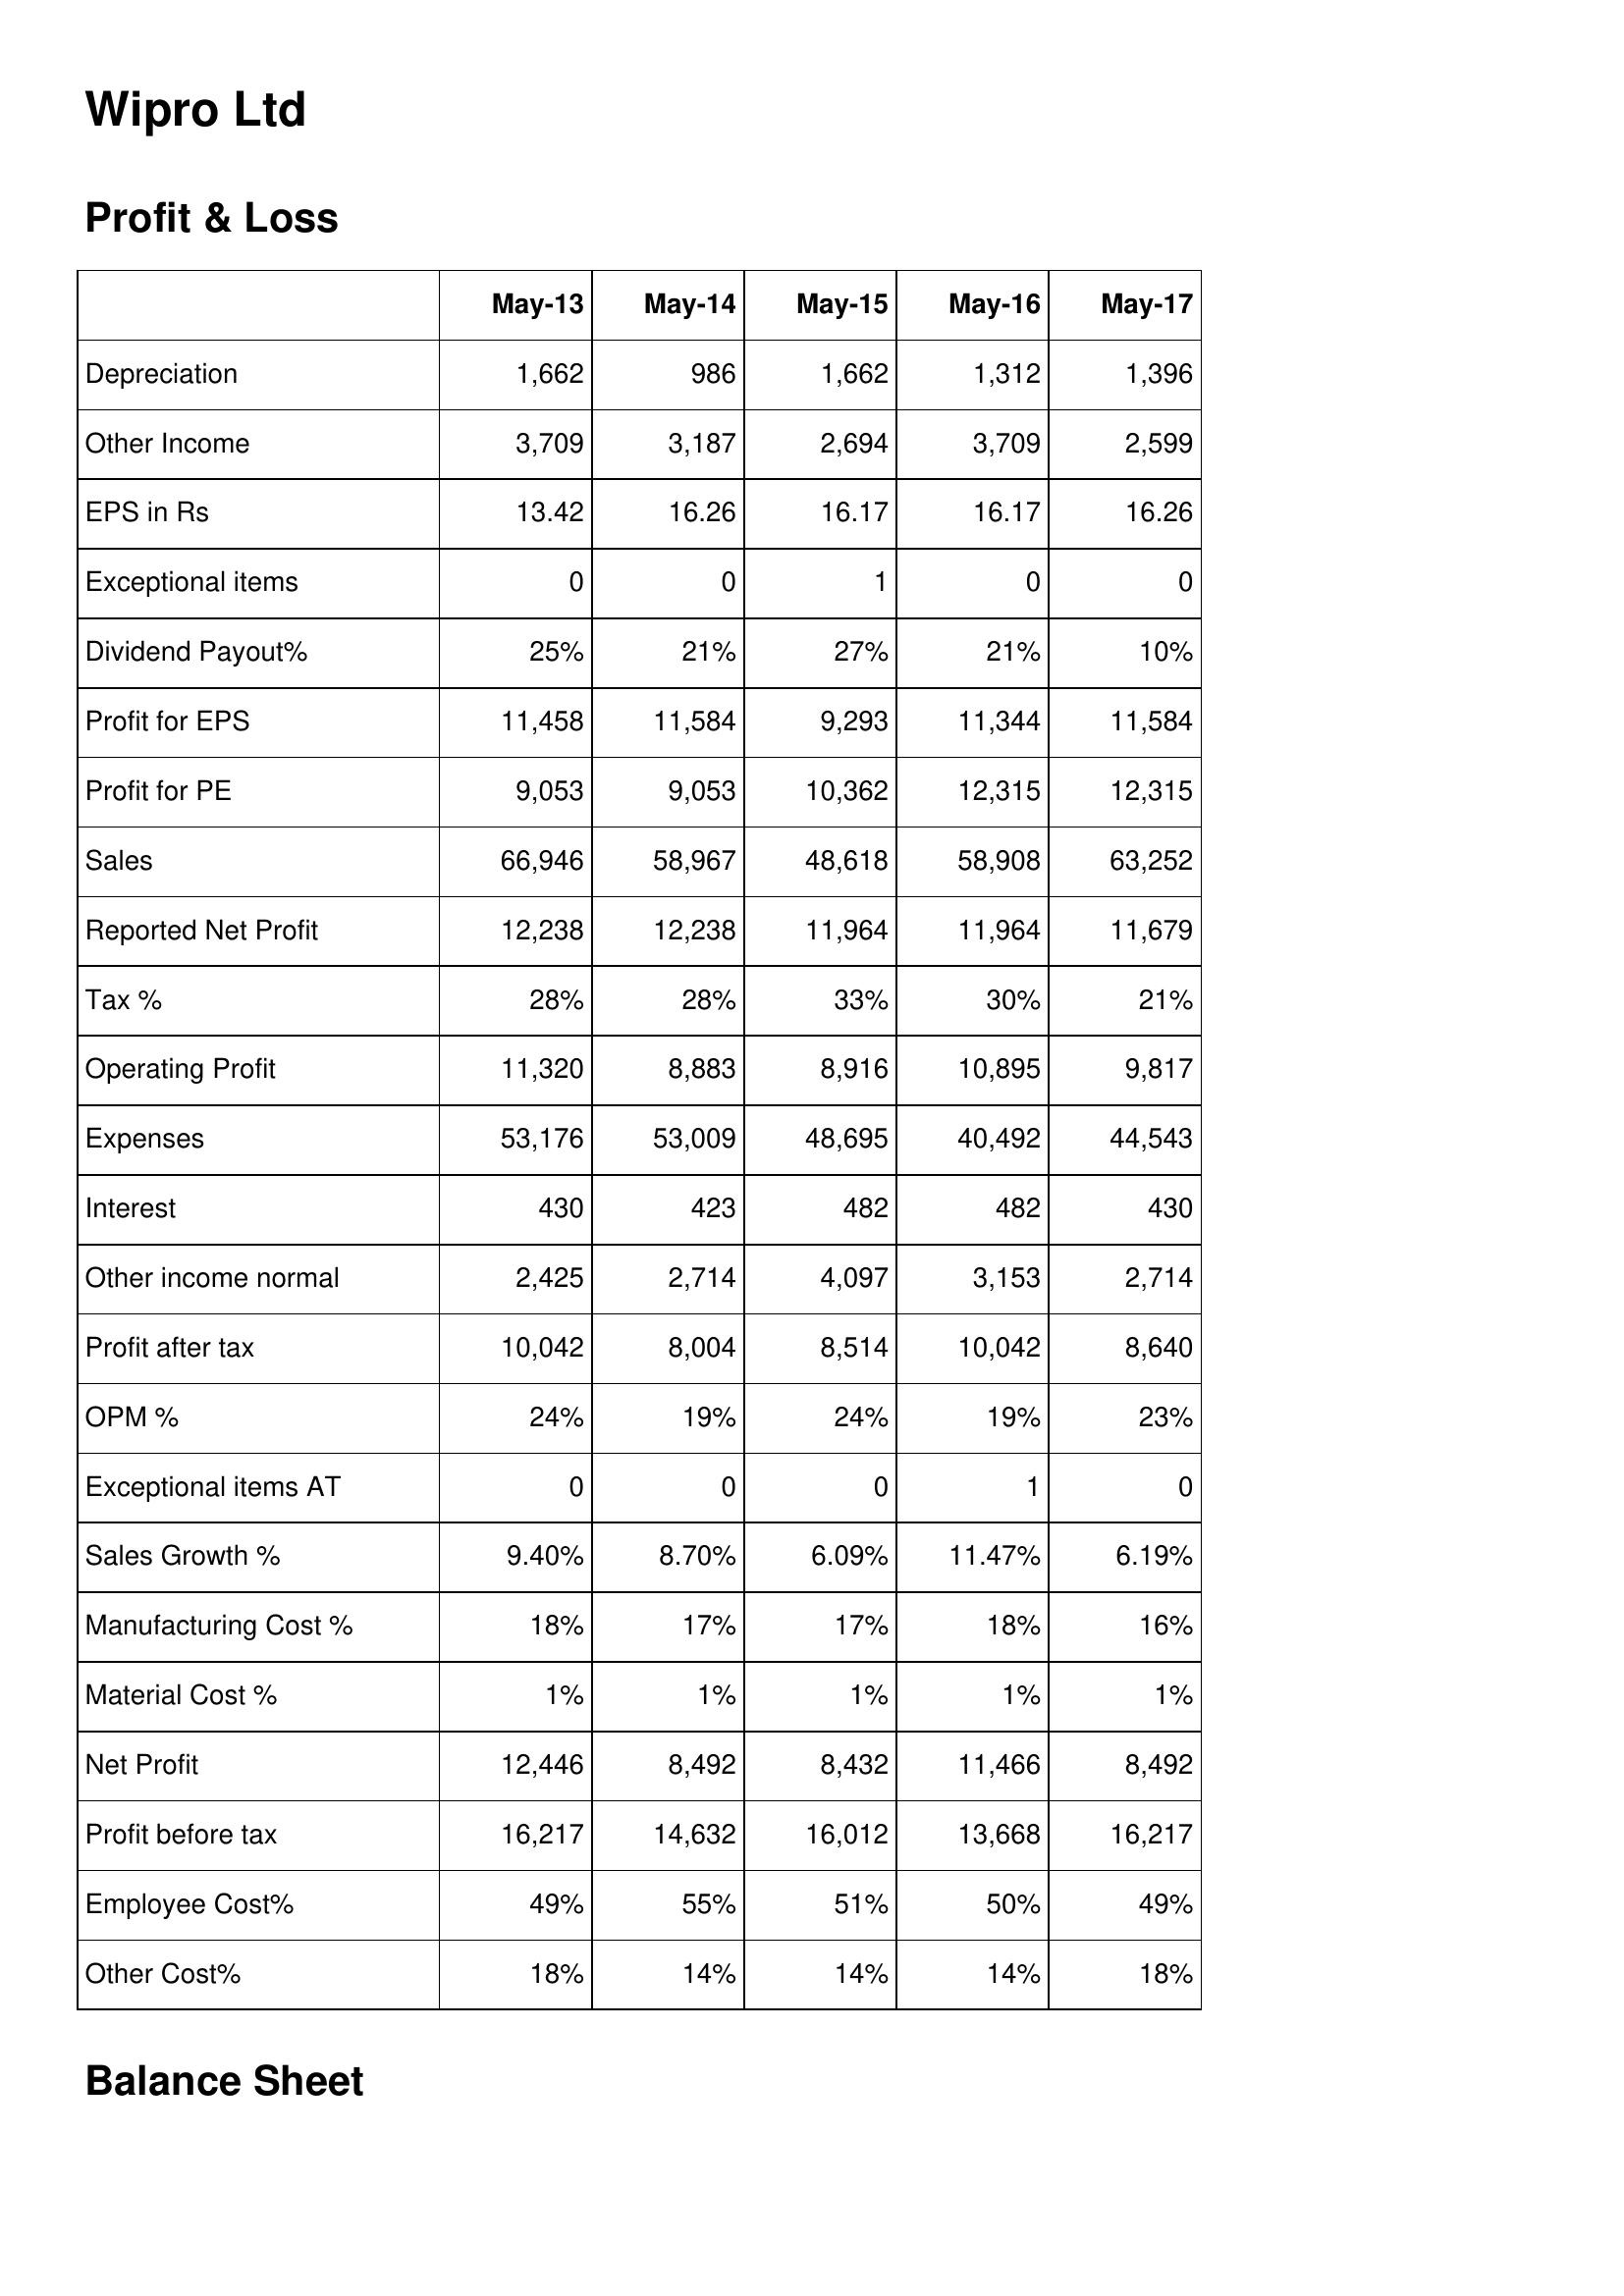
May-13: Profit & Loss: Depreciation: 1,662
Other Income: 3,709
EPS in Rs: 13.42
Exceptional items: 0
Dividend Payout%: 25%
Profit for EPS: 11,458
Profit for PE: 9,053
Sales: 66,946
Reported Net Profit: 12,238
Tax %: 28%
Operating Profit: 11,320
Expenses: 53,176
Interest: 430
Other income normal: 2,425
Profit after tax: 10,042
OPM %: 24%
Exceptional items AT: 0
Sales Growth %: 9.40%
Manufacturing Cost %: 18%
Material Cost %: 1%
Net Profit: 12,446
Profit before tax: 16,217
Employee Cost%: 49%
Other Cost%: 18%
May-14: Profit & Loss: Depreciation: 986
Other Income: 3,187
EPS in Rs: 16.26
Exceptional items: 0
Dividend Payout%: 21%
Profit for EPS: 11,584
Profit for PE: 9,053
Sales: 58,967
Reported Net Profit: 12,238
Tax %: 28%
Operating Profit: 8,883
Expenses: 53,009
Interest: 423
Other income normal: 2,714
Profit after tax: 8,004
OPM %: 19%
Exceptional items AT: 0
Sales Growth %: 8.70%
Manufacturing Cost %: 17%
Material Cost %: 1%
Net Profit: 8,492
Profit before tax: 14,632
Employee Cost%: 55%
Other Cost%: 14%
May-15: Profit & Loss: Depreciation: 1,662
Other Income: 2,694
EPS in Rs: 16.17
Exceptional items: 1
Dividend Payout%: 27%
Profit for EPS: 9,293
Profit for PE: 10,362
Sales: 48,618
Reported Net Profit: 11,964
Tax %: 33%
Operating Profit: 8,916
Expenses: 48,695
Interest: 482
Other income normal: 4,097
Profit after tax: 8,514
OPM %: 24%
Exceptional items AT: 0
Sales Growth %: 6.09%
Manufacturing Cost %: 17%
Material Cost %: 1%
Net Profit: 8,432
Profit before tax: 16,012
Employee Cost%: 51%
Other Cost%: 14%
May-16: Profit & Loss: Depreciation: 1,312
Other Income: 3,709
EPS in Rs: 16.17
Exceptional items: 0
Dividend Payout%: 21%
Profit for EPS: 11,344
Profit for PE: 12,315
Sales: 58,908
Reported Net Profit: 11,964
Tax %: 30%
Operating Profit: 10,895
Expenses: 40,492
Interest: 482
Other income normal: 3,153
Profit after tax: 10,042
OPM %: 19%
Exceptional items AT: 1
Sales Growth %: 11.47%
Manufacturing Cost %: 18%
Material Cost %: 1%
Net Profit: 11,466
Profit before tax: 13,668
Employee Cost%: 50%
Other Cost%: 14%
May-17: Profit & Loss: Depreciation: 1,396
Other Income: 2,599
EPS in Rs: 16.26
Exceptional items: 0
Dividend Payout%: 10%
Profit for EPS: 11,584
Profit for PE: 12,315
Sales: 63,252
Reported Net Profit: 11,679
Tax %: 21%
Operating Profit: 9,817
Expenses: 44,543
Interest: 430
Other income normal: 2,714
Profit after tax: 8,640
OPM %: 23%
Exceptional items AT: 0
Sales Growth %: 6.19%
Manufacturing Cost %: 16%
Material Cost %: 1%
Net Profit: 8,492
Profit before tax: 16,217
Employee Cost%: 49%
Other Cost%: 18%